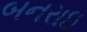
બનરાઇ